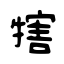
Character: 犗